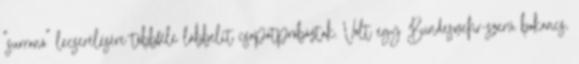
"surranó" lecserélésére többféle lábbelit csapatpróbáztak. Volt egy Bundeswehr-szerű bakancs,